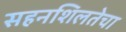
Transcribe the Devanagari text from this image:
सहनशिलतेचा